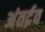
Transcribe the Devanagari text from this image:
अंतर्द्रव